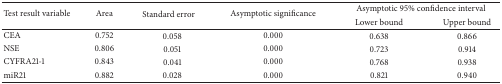
<table><thead><tr><td rowspan="2"><b>Test result variable</b></td><td rowspan="2"><b>Area</b></td><td rowspan="2"><b>Standard error</b></td><td rowspan="2"><b>Asymptotic significance</b></td><td colspan="2"><b>Asymptotic 95% confidence interval</b></td></tr><tr><td><b>Lower bound</b></td><td><b>Upper bound</b></td></tr></thead><tbody><tr><td>CEA</td><td>0.752</td><td>0.058</td><td>0.000</td><td>0.638</td><td>0.866</td></tr><tr><td>NSE</td><td>0.806</td><td>0.051</td><td>0.000</td><td>0.723</td><td>0.914</td></tr><tr><td>CYFRA21-1</td><td>0.843</td><td>0.041</td><td>0.000</td><td>0.768</td><td>0.938</td></tr><tr><td>miR21</td><td>0.882</td><td>0.028</td><td>0.000</td><td>0.821</td><td>0.940</td></tr></tbody></table>